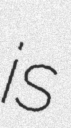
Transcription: is